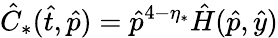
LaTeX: \hat{C}_{*}(\hat{t},\hat{p})=\hat{p}^{4-\eta_{*}}\hat{H}(\hat{p},\hat{y})